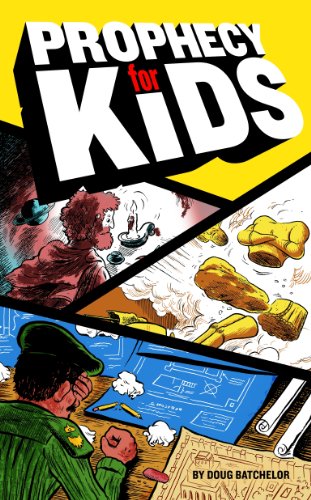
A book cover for Prophecy for Kids; Doug Batchelor; Children's Books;